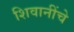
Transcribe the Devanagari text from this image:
शिवानींचे